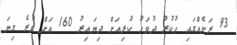
93 ރަށެއްގައި ހުކުރު ދުވަހު ކުރިއަށް ދިޔައިރު 160 އަށް ވުރެ ގިނަ